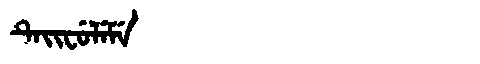
Manchu: ᡨᡝᡳᠸᡠᠯᡝᠮᡝ
Romanization: TEIFULEME